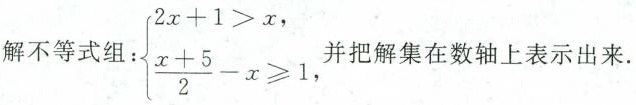
解不等式组：$$\left\{ \begin{matrix} 2x+1>x, \\ \frac{x+5}{2}-x \geq 1, \end{matrix} \right.$$并把解集在数轴上表示出来.